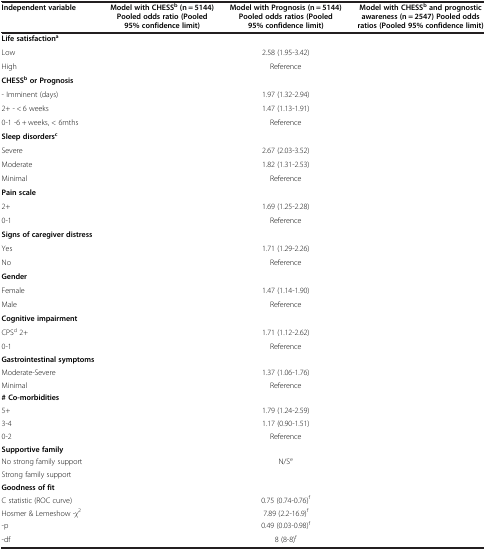
<table><thead><tr><td><b>Independent variable</b></td><td><b>Model with CHESS<sup>b </sup>(n = 5144) Pooled odds ratio (Pooled 95% confidence limit)</b></td><td><b>Model with Prognosis (n = 5144) Pooled odds ratios (Pooled 95% confidence limit)</b></td><td><b>Model with CHESS<sup>b </sup>and prognostic awareness (n = 2547) Pooled odds ratios (Pooled 95% confidence limit)</b></td></tr></thead><tbody><tr><td><b>Life satisfaction</b><sup><b>a</b></sup></td><td>[EMPTY_CELL]</td><td>[EMPTY_CELL]</td><td>[EMPTY_CELL]</td></tr><tr><td>Low</td><td>[EMPTY_CELL]</td><td>2.58 (1.95-3.42)</td><td>[EMPTY_CELL]</td></tr><tr><td>High</td><td>[EMPTY_CELL]</td><td>Reference</td><td>[EMPTY_CELL]</td></tr><tr><td><b>CHESS</b><sup><b>b </b></sup><b>or Prognosis</b></td><td>[EMPTY_CELL]</td><td>[EMPTY_CELL]</td><td>[EMPTY_CELL]</td></tr><tr><td>- Imminent (days)</td><td>[EMPTY_CELL]</td><td>1.97 (1.32-2.94)</td><td>[EMPTY_CELL]</td></tr><tr><td>2+ - &lt; 6 weeks</td><td>[EMPTY_CELL]</td><td>1.47 (1.13-1.91)</td><td>[EMPTY_CELL]</td></tr><tr><td>0-1 -6 + weeks, &lt; 6mths</td><td>[EMPTY_CELL]</td><td>Reference</td><td>[EMPTY_CELL]</td></tr><tr><td><b>Sleep disorders</b><sup><b>c</b></sup></td><td>[EMPTY_CELL]</td><td>[EMPTY_CELL]</td><td>[EMPTY_CELL]</td></tr><tr><td>Severe</td><td>[EMPTY_CELL]</td><td>2.67 (2.03-3.52)</td><td>[EMPTY_CELL]</td></tr><tr><td>Moderate</td><td>[EMPTY_CELL]</td><td>1.82 (1.31-2.53)</td><td>[EMPTY_CELL]</td></tr><tr><td>Minimal</td><td>[EMPTY_CELL]</td><td>Reference</td><td>[EMPTY_CELL]</td></tr><tr><td><b>Pain scale</b></td><td>[EMPTY_CELL]</td><td>[EMPTY_CELL]</td><td>[EMPTY_CELL]</td></tr><tr><td>2+</td><td>[EMPTY_CELL]</td><td>1.69 (1.25-2.28)</td><td>[EMPTY_CELL]</td></tr><tr><td>0-1</td><td>[EMPTY_CELL]</td><td>Reference</td><td>[EMPTY_CELL]</td></tr><tr><td><b>Signs of caregiver distress</b></td><td>[EMPTY_CELL]</td><td>[EMPTY_CELL]</td><td>[EMPTY_CELL]</td></tr><tr><td>Yes</td><td>[EMPTY_CELL]</td><td>1.71 (1.29-2.26)</td><td>[EMPTY_CELL]</td></tr><tr><td>No</td><td>[EMPTY_CELL]</td><td>Reference</td><td>[EMPTY_CELL]</td></tr><tr><td><b>Gender</b></td><td>[EMPTY_CELL]</td><td>[EMPTY_CELL]</td><td>[EMPTY_CELL]</td></tr><tr><td>Female</td><td>[EMPTY_CELL]</td><td>1.47 (1.14-1.90)</td><td>[EMPTY_CELL]</td></tr><tr><td>Male</td><td>[EMPTY_CELL]</td><td>Reference</td><td>[EMPTY_CELL]</td></tr><tr><td><b>Cognitive impairment</b></td><td>[EMPTY_CELL]</td><td>[EMPTY_CELL]</td><td>[EMPTY_CELL]</td></tr><tr><td>CPS<sup>d</sup> 2+</td><td>[EMPTY_CELL]</td><td>1.71 (1.12-2.62)</td><td>[EMPTY_CELL]</td></tr><tr><td>0-1</td><td>[EMPTY_CELL]</td><td>Reference</td><td>[EMPTY_CELL]</td></tr><tr><td><b>Gastrointestinal symptoms</b></td><td>[EMPTY_CELL]</td><td>[EMPTY_CELL]</td><td>[EMPTY_CELL]</td></tr><tr><td>Moderate-Severe</td><td>[EMPTY_CELL]</td><td>1.37 (1.06-1.76)</td><td>[EMPTY_CELL]</td></tr><tr><td>Minimal</td><td>[EMPTY_CELL]</td><td>Reference</td><td>[EMPTY_CELL]</td></tr><tr><td><b># Co-morbidities</b></td><td>[EMPTY_CELL]</td><td>[EMPTY_CELL]</td><td>[EMPTY_CELL]</td></tr><tr><td>5+</td><td>[EMPTY_CELL]</td><td>1.79 (1.24-2.59)</td><td>[EMPTY_CELL]</td></tr><tr><td>3-4</td><td>[EMPTY_CELL]</td><td>1.17 (0.90-1.51)</td><td>[EMPTY_CELL]</td></tr><tr><td>0-2</td><td>[EMPTY_CELL]</td><td>Reference</td><td>[EMPTY_CELL]</td></tr><tr><td><b>Supportive family</b></td><td>[EMPTY_CELL]</td><td>[EMPTY_CELL]</td><td>[EMPTY_CELL]</td></tr><tr><td>No strong family support</td><td>[EMPTY_CELL]</td><td>N/S<sup>e</sup></td><td>[EMPTY_CELL]</td></tr><tr><td>Strong family support</td><td>[EMPTY_CELL]</td><td>[EMPTY_CELL]</td><td>[EMPTY_CELL]</td></tr><tr><td><b>Goodness of fit</b></td><td>[EMPTY_CELL]</td><td>[EMPTY_CELL]</td><td>[EMPTY_CELL]</td></tr><tr><td>C statistic (ROC curve)</td><td>[EMPTY_CELL]</td><td>0.75 (0.74-0.76)<sup>f</sup></td><td>[EMPTY_CELL]</td></tr><tr><td>Hosmer &amp; Lemeshow -<i>χ</i><sup>2</sup></td><td>[EMPTY_CELL]</td><td>7.89 (2.2-16.9)<sup>f</sup></td><td>[EMPTY_CELL]</td></tr><tr><td>-p</td><td>[EMPTY_CELL]</td><td>0.49 (0.03-0.98)<sup>f</sup></td><td>[EMPTY_CELL]</td></tr><tr><td>-df</td><td>[EMPTY_CELL]</td><td>8 (8-8)<sup>f</sup></td><td>[EMPTY_CELL]</td></tr></tbody></table>